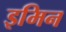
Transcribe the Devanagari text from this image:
इमिन